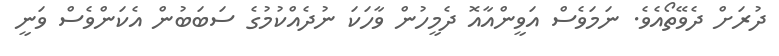
ދުރަށް ދެވޭތޯއެވެ. ނަމަވެސް އަވީންއާއޮ ދެމީހުން ވާހަކަ ނުދެއްކުމުގެ ސަބަބުން އެކަންވެސް ވަނީ